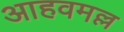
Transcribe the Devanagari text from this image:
आहवमल्ल